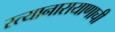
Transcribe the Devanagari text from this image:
स्त्यानारायाणाची